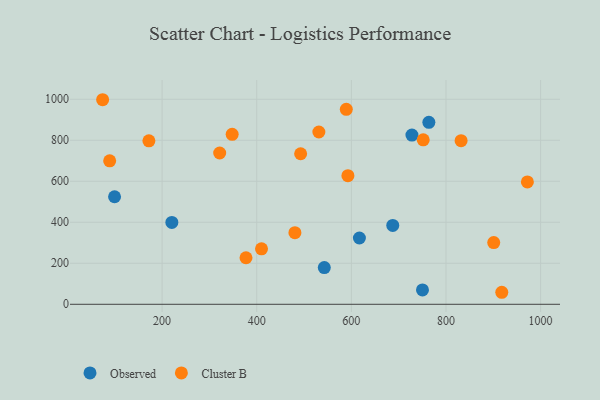
{"axis": {"x": "Investment", "y": "Fuel Efficiency"}, "legend": ["Cluster B", "Observed"], "data": [{"x": "763.8", "y": 887.4, "type": "Observed"}, {"x": "687.5", "y": 384.5, "type": "Observed"}, {"x": "99.5", "y": 524.4, "type": "Observed"}, {"x": "617.0", "y": 323.4, "type": "Observed"}, {"x": "728.0", "y": 825.4, "type": "Observed"}, {"x": "750.3", "y": 69.9, "type": "Observed"}, {"x": "220.6", "y": 399.2, "type": "Observed"}, {"x": "542.8", "y": 179.0, "type": "Observed"}, {"x": "480.7", "y": 349.1, "type": "Cluster B"}, {"x": "589.3", "y": 951.1, "type": "Cluster B"}, {"x": "492.8", "y": 734.1, "type": "Cluster B"}, {"x": "410.1", "y": 270.7, "type": "Cluster B"}, {"x": "900.9", "y": 300.8, "type": "Cluster B"}, {"x": "74.3", "y": 997.7, "type": "Cluster B"}, {"x": "321.7", "y": 737.8, "type": "Cluster B"}, {"x": "531.3", "y": 840.3, "type": "Cluster B"}, {"x": "917.9", "y": 58.6, "type": "Cluster B"}, {"x": "348.1", "y": 828.9, "type": "Cluster B"}, {"x": "89.2", "y": 699.7, "type": "Cluster B"}, {"x": "972.0", "y": 597.0, "type": "Cluster B"}, {"x": "831.9", "y": 798.0, "type": "Cluster B"}, {"x": "377.3", "y": 227.1, "type": "Cluster B"}, {"x": "592.7", "y": 627.3, "type": "Cluster B"}, {"x": "172.1", "y": 797.1, "type": "Cluster B"}, {"x": "751.9", "y": 801.9, "type": "Cluster B"}]}